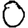
Digit: 0